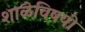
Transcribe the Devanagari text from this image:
शाळेविषयी